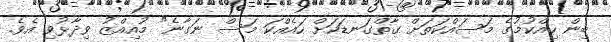
ބިން ހިއްކުމުގެ މަސައްކަތަށް ގާތްގަނޑަކަށް ހައެއްކަ މަސް ނަގާނެ" މުއިއްޒު ވިދާޅުވި އެވެ.